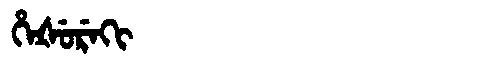
Manchu: ᡥᡝᡧᡠᡵᡝᡴᡳ
Romanization: HEŠUREKI